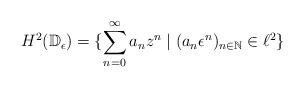
LaTeX: \begin{align*}H^2(\mathbb{D}_\epsilon) = \{\sum_{n = 0}^{\infty}a_n z^n \mid (a_n \epsilon^n)_{n \in \mathbb{N}} \in \ell^2\}\end{align*}